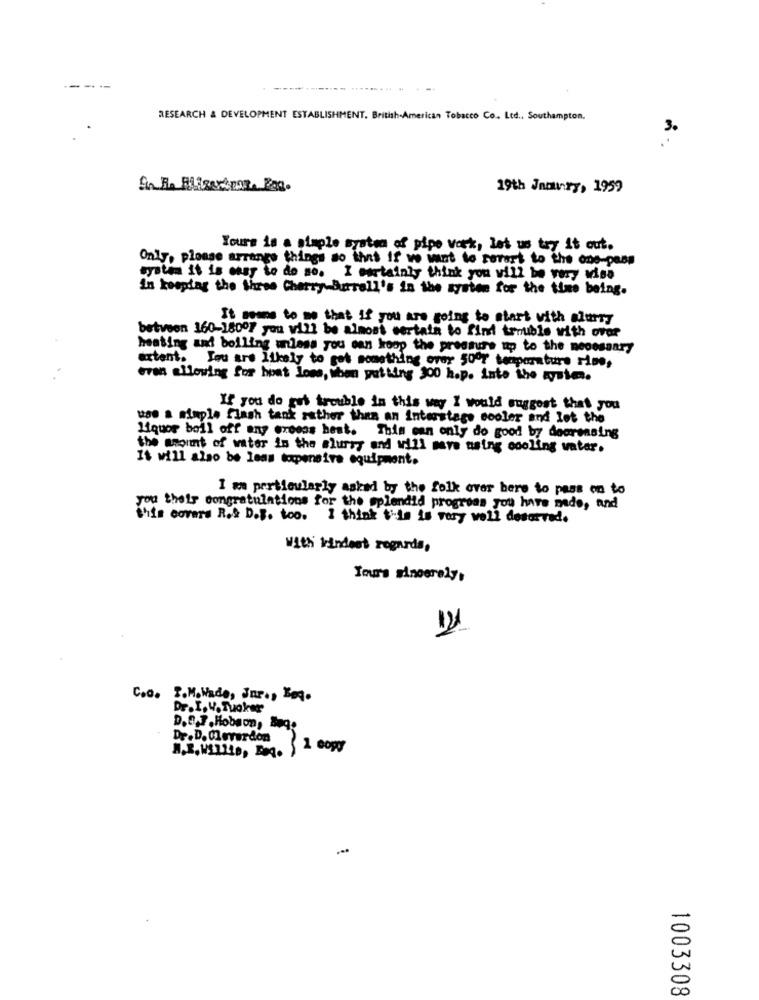
--.
. ..
RESEARCH & DEVELOPMENT ESTABLISHMENT. British-American Tobacco Co ., Ltd ., Southampton.
3.
19th January, 1959
Yours is a simple system of pipe vork, let us try it out.
Only, please arrange things so that if we want to revert to the one-pass
system it is mesy to do so. I certainly think you will be very wise
In kooptag the three Cherry-Burrell's in the system for the time being.
It means to me that if you are going to start with curry
between 160-1800 you will be almost certain to find temible with over
heating and boiling unless you can koop the pressure up to the necessary
extent. You are likely to get something over 500 temperature rice,
eren allowing for host Loss, when putting 300 hop. into the system.
If you do got trouble in this way I would suggest that you
use a simple flash tank rather than an interstage cooler and let the
liquor boll off any ereeas hest. This can only do good by doorensing
the amount of water in the slurry and will move using cooling vater.
It will also be leas topensive equipment.
I am particularly asked by the folk over here to pass on to
you their congratulations for the splendid progress you have made, and
this covers R.& D.E. too. I think this is very well deserved.
With kindest regards,
Yours sincerely,
C.o. T.M.Wade, Jur ., Boq.
Dr.I.V. Tucker
D.D.F . Hobson, Boq.
Dr. D. Ulevardon
H.R. Villio, Em. 1 Copy
1003308